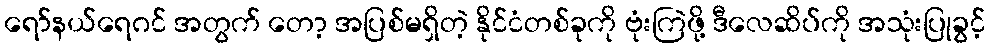
ရော်နယ်ရေဂင် အတွက် တော့ အပြစ်မရှိတဲ့ နိုင်ငံတစ်ခုကို ဗုံးကြဲဖို့ ဒီလေဆိပ်ကို အသုံးပြုခွင့်